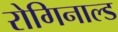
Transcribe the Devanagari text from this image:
रोगिनाल्ड